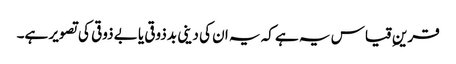
قرینِ قیاس یہ ہے کہ یہ ان کی دینی بدذوقی یا بے ذوقی کی تصویر ہے۔